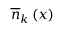
\overline { { n } } _ { k } \left( x \right)